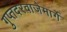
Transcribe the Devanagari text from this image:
गुप्तदरवाजेमार्गे